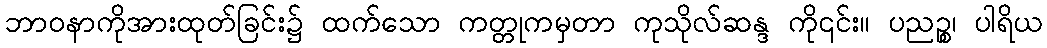
ဘာဝနာကိုအားထုတ်ခြင်း၌ ထက်သော ကတ္တုကမှတာ ကုသိုလ်ဆန္ဒ ကို၎င်း။ ပညဉ္စ၊ ပါရိယ